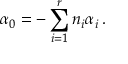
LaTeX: \alpha _ { 0 } = - \sum _ { i = 1 } ^ { r } n _ { i } \alpha _ { i } \, .